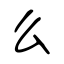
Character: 么